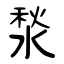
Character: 湬